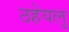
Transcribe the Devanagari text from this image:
ठहेयलु